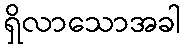
ရှိလာသောအခါ